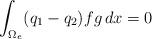
LaTeX: \begin{align*} \int_{\Omega_e}(q_1-q_2)fg\,dx=0 \end{align*}